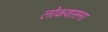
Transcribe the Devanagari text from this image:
लोकवासना